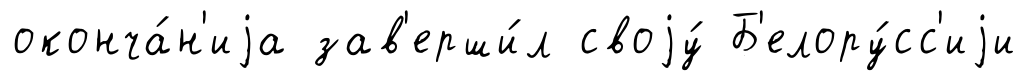
оконча́н'иjа зав'ерши́л своjу́ Б'елору́сс'иjи